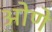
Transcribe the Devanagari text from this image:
ओणे